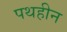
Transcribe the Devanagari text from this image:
पथहीन